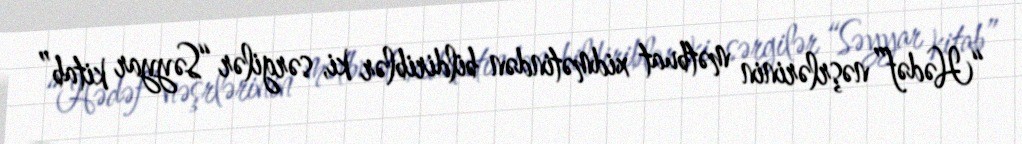
“Hədəf” nəşrlərinin mətbuat xidmətindən bildiriblər ki, sərgilər “Səyyar kitab”